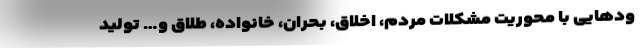
ودهایی با محوریت مشکلات مردم، اخلاق، بحران، خانواده، طلاق و… تولید